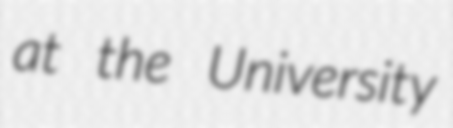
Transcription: at the University